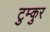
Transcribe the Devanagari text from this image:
टुम्कुर